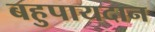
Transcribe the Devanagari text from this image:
बहुपायदान